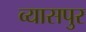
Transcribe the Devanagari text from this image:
व्‍यासपुर